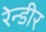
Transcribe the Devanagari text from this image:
रेन्डीर